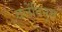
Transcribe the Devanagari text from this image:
वलेंतिनुस